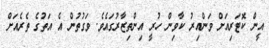
އީން ކޮޓަރިއަށް ވަންއިރު ކާވިން ހުރީ އިންތިޒާރުގައެވެ. ވަގުތުން އެ އަތުގެ ތެރެއަށް